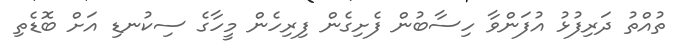
ތުއްތު ދަރިފުޅު އުފަންވާ ހިސާބުން ފެށިގެން ފިރިހެން މީހާގެ ސިކުނޑި އަށް ބޮޑެތި